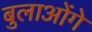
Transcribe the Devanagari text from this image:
बुलाओंगे